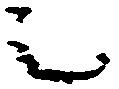
之